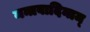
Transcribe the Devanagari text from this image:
मन्त्रवादिनाम्